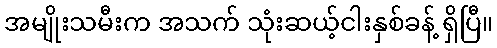
အမျိုးသမီးက အသက် သုံးဆယ့်ငါးနှစ်ခန့် ရှိပြီ။